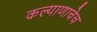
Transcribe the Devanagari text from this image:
कल्याणाचेच